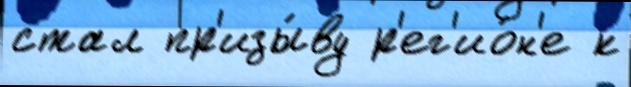
стал пр'изы́ву р'ег'ио́н'е к